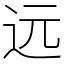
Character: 远